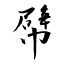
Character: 幦